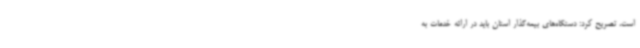
است‌، تصریح کرد: دستگاه‌های بیمه‌گذار استان باید در ارائه خدمات به